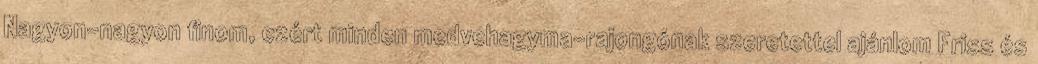
Nagyon-nagyon finom, ezért minden medvehagyma-rajongónak szeretettel ajánlom Friss és